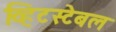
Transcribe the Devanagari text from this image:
व्हिटस्टेबल